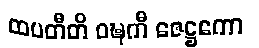
ထပတီတိ ဝဍ္ဎကီ ဇေဋ္ဌကော